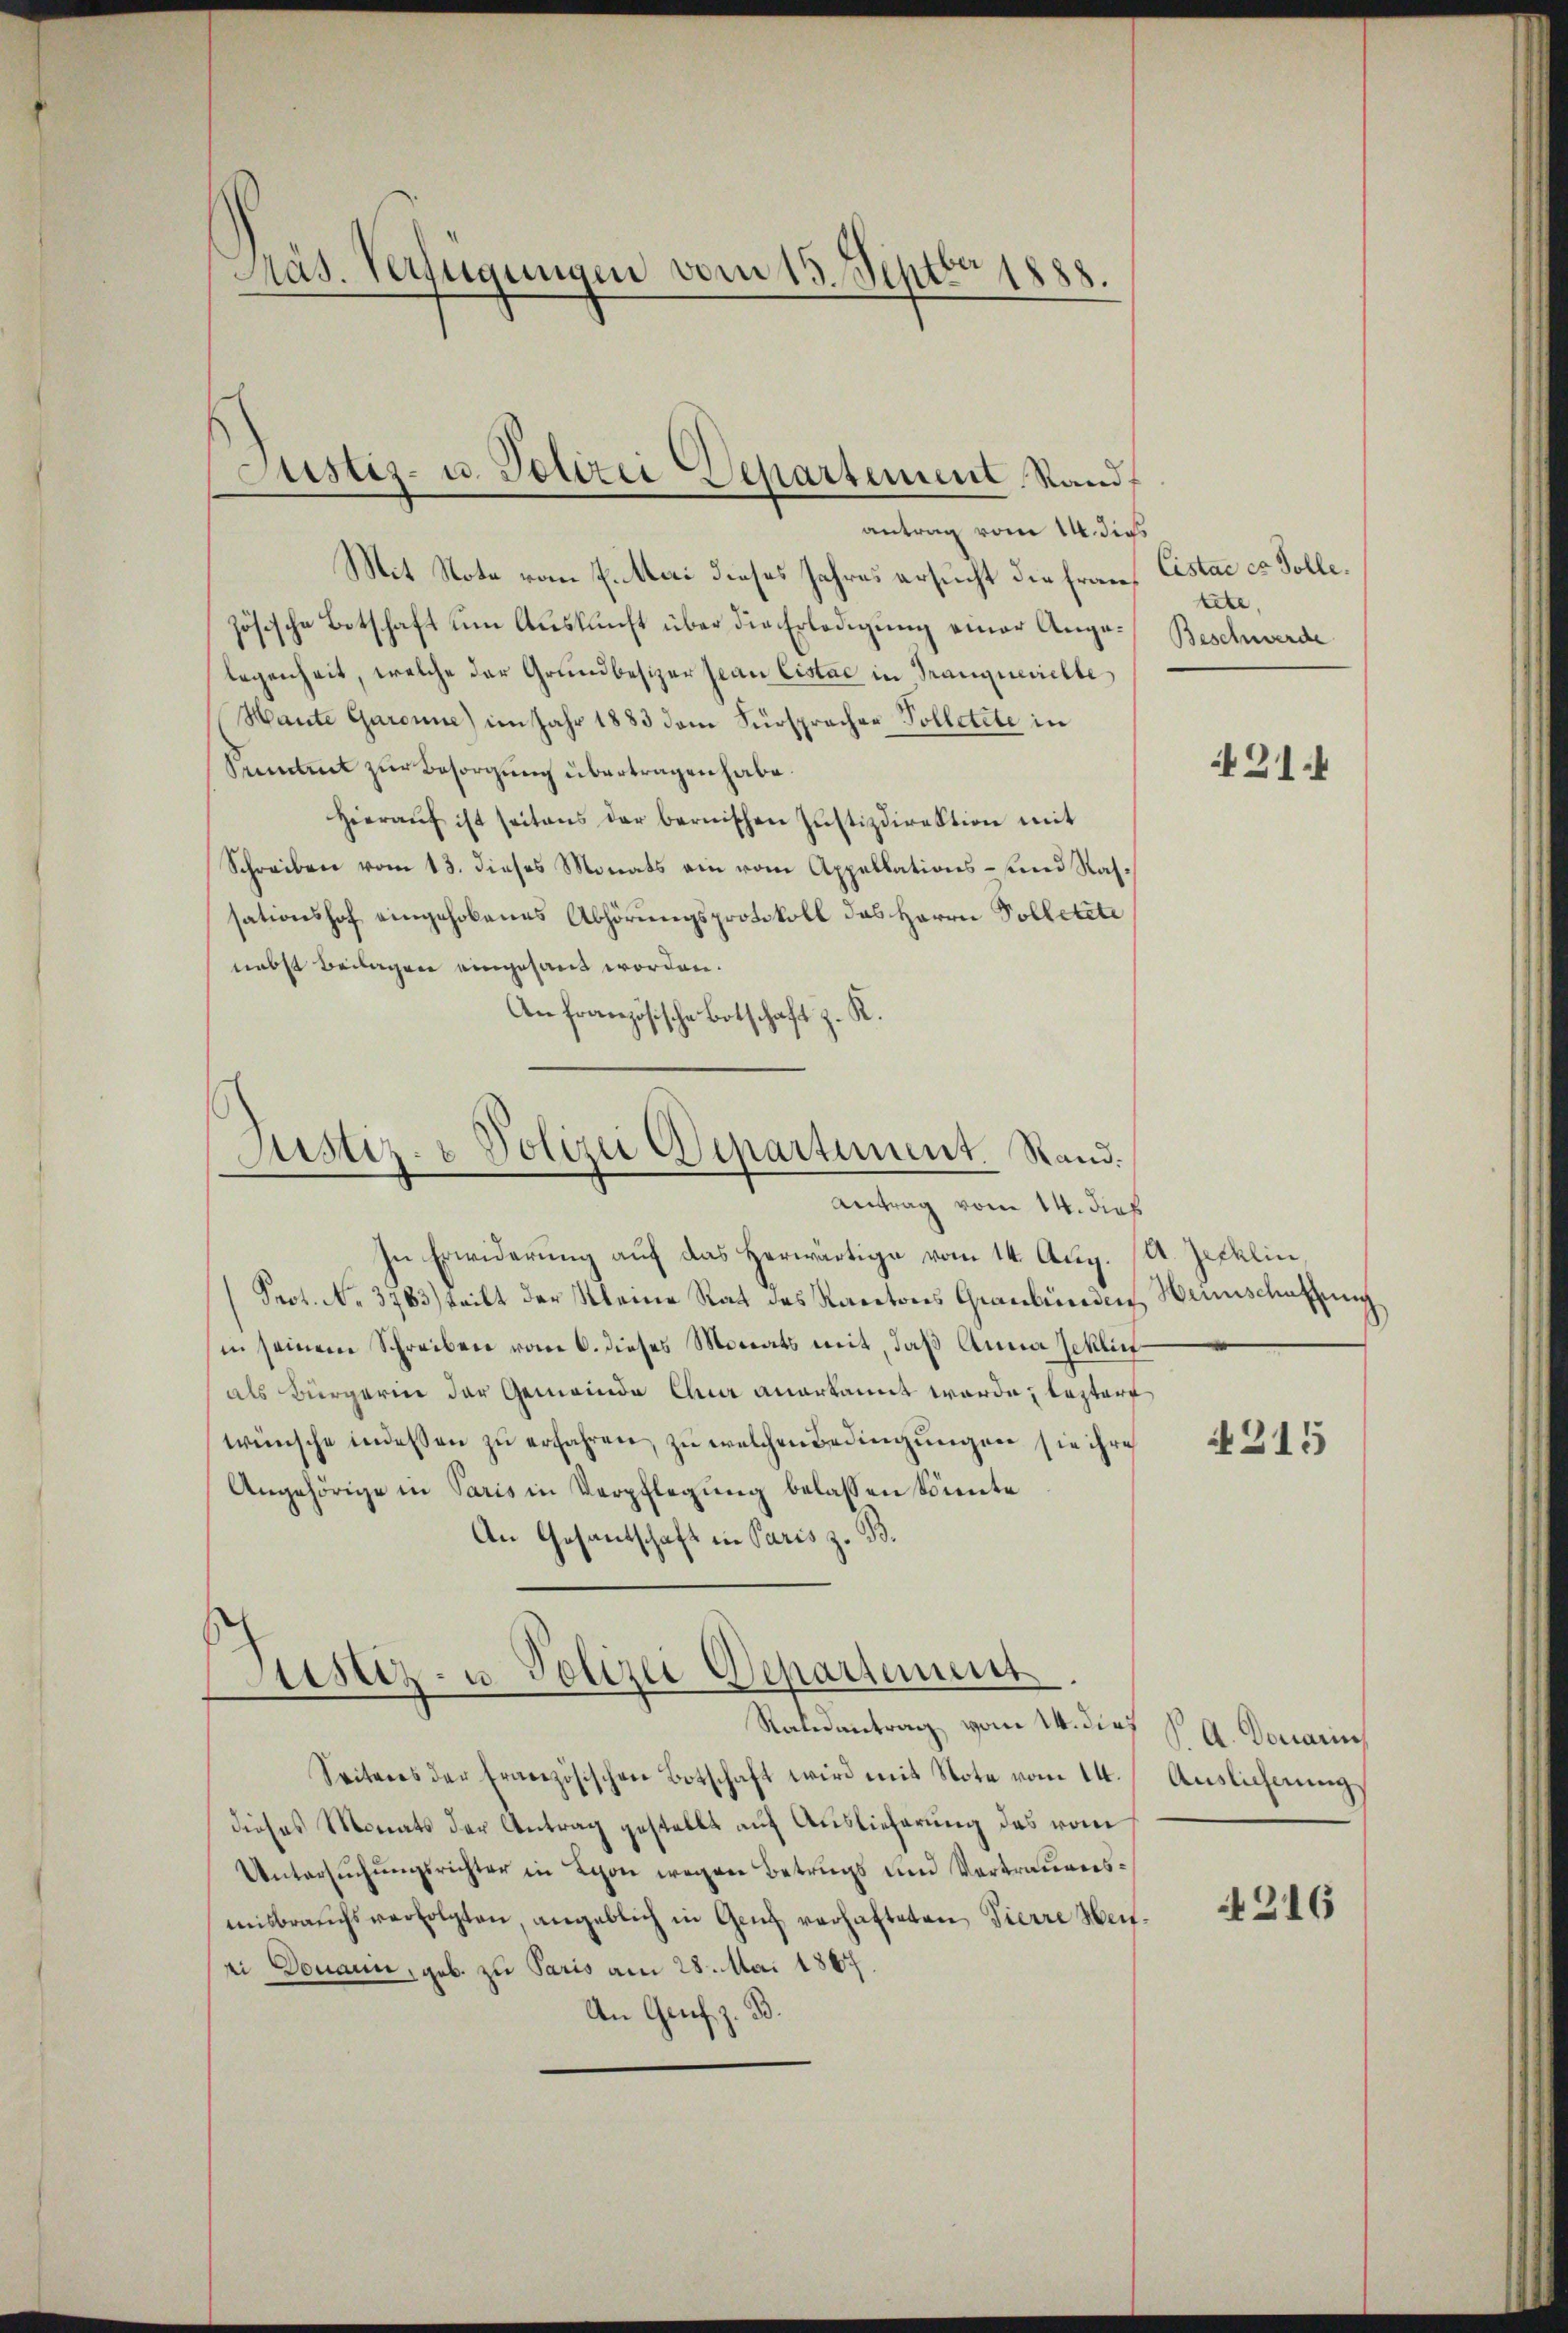
Präs. Verfügungen vom 15. Septbr 1888.

Justiz- u. Polizei Departement Stand
antrag vom 14. dies

Mit Note vom 7. Mai dieses Jahres ersucht die französische Botschaft um Auskunft über die Erledigung einer Angelegenheit, welche der Grundbesizer Jean Cistac in Tranquerichte
Hante Garanne) im Jahr 1883 dem Fürspracher Polletete in
Sument zur Besorgung übertragen habe.
Hieraŭf ist seitens der bernischen Justizdirektion mit
Schreiben vom 13. dieses Monats ein vom Appellations- und Nahsationshof eingehobenes Abhörungsprotokoll das Herrn Polletete
nebst Beilagen eingesandt worden.
An französische Botschaft z. R.

.
Ristiz- & Polizei Departement. Rand.
Antrag vom 14. dies

Sistiz- u Polizei Departement
Raleantrag vom 14. dies

In Erwiderung auf das Herwärtige vom 14. Aug. (A. Jecklin,
Prot. No. 3783) teilt der Kleine Rat des Kantons Graubünden Heimschaffung
in seinem Schreiben vom 6. dieses Monats mit, daß Anna Zeklich
als Bürgerin der Gemeinde Ana anerkannt werde; lezter
wünsche indessen zŭ erfahren, zu welchen Bedingungen sie ihre
Angehörige in Paris in Verpflegung belassen könnte
An Gesandschaft in Paris z. B.

Seiteres der französischen Botschaft wird mit Note vom 14.
dieses Monats der Antrag gestellt auf Auslieferung des vom
Untersŭchŭngsrichter in Lyon wegen Betrugs und Vertraueresmisbrauchsverfolgten, angeblich in Genf verhafteten Tierre Weiei Donaun, geb. zu Paris am 28. Mai 1867.
An Genf z. B.

Cistae es Solle.
tte,
Beschwerde

21.4

4315

P. A. Demarin
Auslicherung

4316